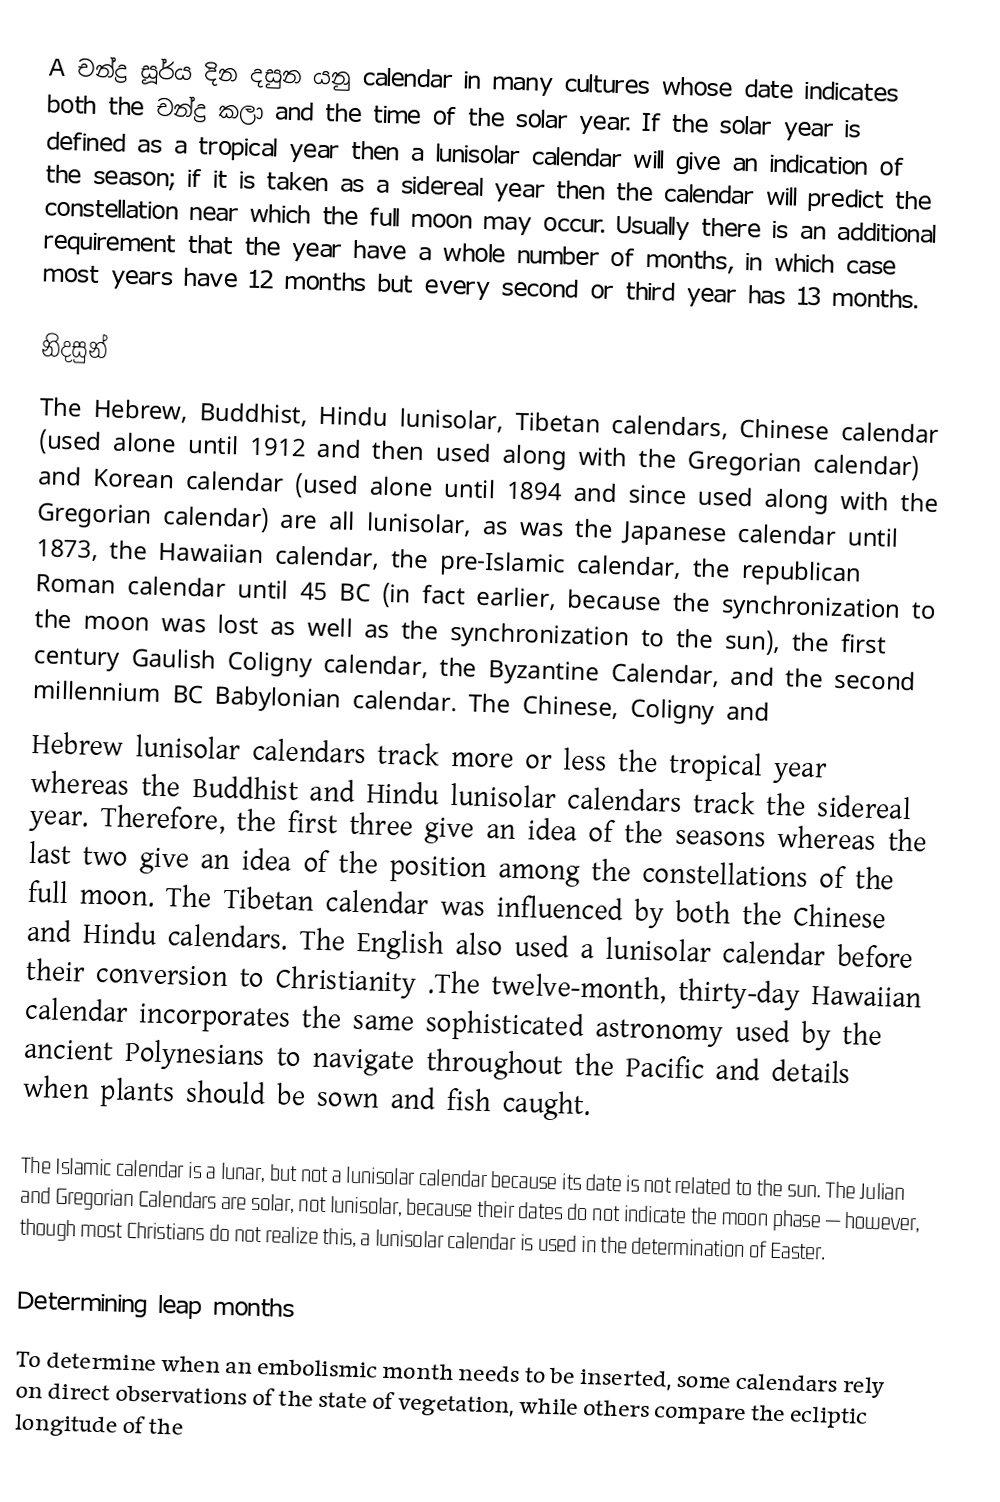
A චන්ද්‍ර සූර්ය දින දසුන යනු calendar in many cultures whose date indicates both the චන්ද්‍ර කලා and the time of the solar year. If the solar year is defined as a tropical year then a lunisolar calendar will give an indication of the season; if it is taken as a sidereal year then the calendar will predict the constellation near which the full moon may occur. Usually there is an additional requirement that the year have a whole number of months, in which case most years have 12 months but every second or third year has 13 months.

නිදසුන්
The Hebrew, Buddhist, Hindu lunisolar, Tibetan calendars, Chinese calendar (used alone until 1912 and then used along with the Gregorian calendar) and Korean calendar (used alone until 1894 and since used along with the Gregorian calendar) are all lunisolar, as was the Japanese calendar until 1873, the Hawaiian calendar, the pre-Islamic calendar, the republican Roman calendar until 45 BC (in fact earlier, because the synchronization to the moon was lost as well as the synchronization to the sun), the first century Gaulish Coligny calendar, the Byzantine Calendar, and the second millennium BC Babylonian calendar. The Chinese, Coligny and
Hebrew lunisolar calendars track more or less the tropical year whereas the Buddhist and Hindu lunisolar calendars track the sidereal year. Therefore, the first three give an idea of the seasons whereas the last two give an idea of the position among the constellations of the full moon. The Tibetan calendar was influenced by both the Chinese and Hindu calendars. The English also used a lunisolar calendar before their conversion to Christianity .The twelve-month, thirty-day Hawaiian calendar incorporates the same sophisticated astronomy used by the ancient Polynesians to navigate throughout the Pacific and details when plants should be sown and fish caught.

The Islamic calendar is a lunar, but not a lunisolar calendar because its date is not related to the sun.  The Julian and Gregorian Calendars are solar, not lunisolar, because their dates do not indicate the moon phase — however, though most Christians do not realize this, a lunisolar calendar is used in the determination of Easter.

Determining leap months
To determine when an embolismic month needs to be inserted, some calendars rely on direct observations of the state of vegetation, while others compare the ecliptic longitude of the